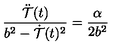
{ \frac { \ddot { \cal T } ( t ) } { b ^ { 2 } - \dot { \cal T } ( t ) ^ { 2 } } } = { \frac { \alpha } { 2 b ^ { 2 } } }